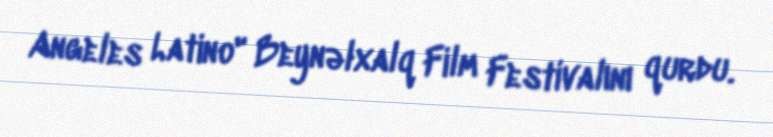
Angeles Latino" Beynəlxalq Film Festivalını qurdu.